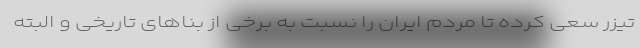
تیزر سعی کرده تا مردم ایران را نسبت به برخی از بناهای تاریخی و البته